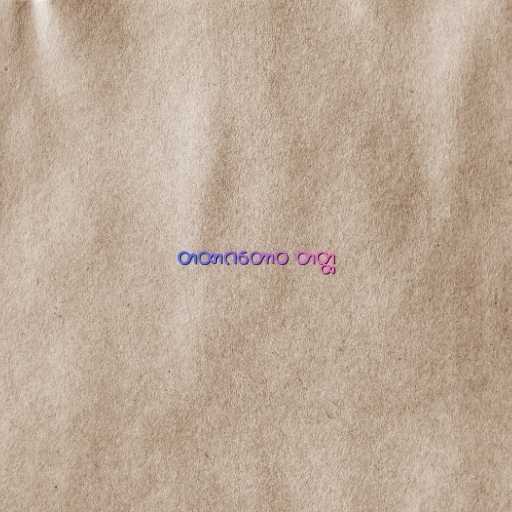
တထာဂတောဝ တတ္ထ